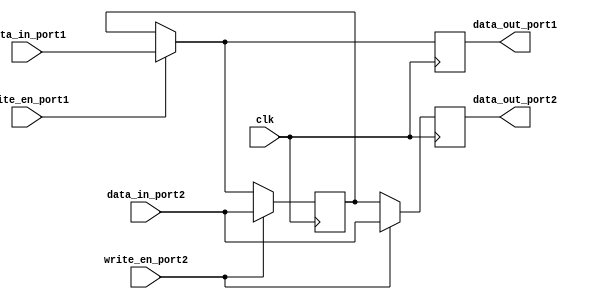
module dual_port_bypass_register (
    input clk,
    input [7:0] data_in_port1,
    input [7:0] data_in_port2,
    input write_en_port1,
    input write_en_port2,
    output reg [7:0] data_out_port1,
    output reg [7:0] data_out_port2
);

reg [7:0] storage;

always @(posedge clk) begin
    if (write_en_port1) begin
        storage <= data_in_port1;
    end
    
    if (write_en_port2) begin
        storage <= data_in_port2;
    end
    
    data_out_port1 <= (write_en_port1) ? data_in_port1 : storage;
    data_out_port2 <= (write_en_port2) ? data_in_port2 : storage;
    
end

endmodule